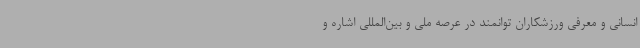
انسانی و معرفی ورزشکاران توانمند در عرصه ملی و بین‌المللی اشاره و